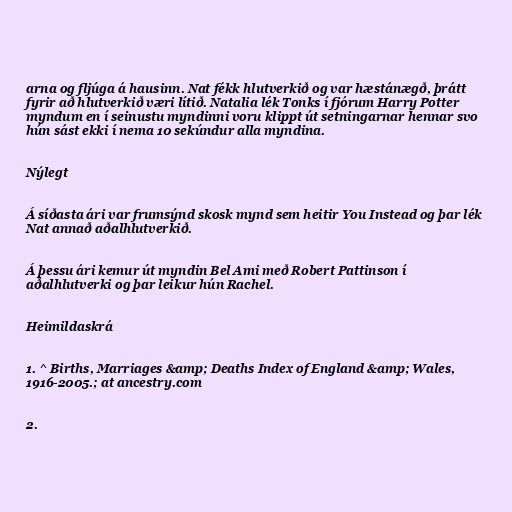
arna og fljúga á hausinn. Nat fékk hlutverkið og var hæstánægð, þrátt
fyrir að hlutverkið væri lítið. Natalia lék Tonks í fjórum Harry Potter
myndum en í seinustu myndinni voru klippt út setningarnar hennar svo
hún sást ekki í nema 10 sekúndur alla myndina.

Nýlegt

Á síðasta ári var frumsýnd skosk mynd sem heitir You Instead og þar lék
Nat annað aðalhlutverkið.

Á þessu ári kemur út myndin Bel Ami með Robert Pattinson í
aðalhlutverki og þar leikur hún Rachel.

Heimildaskrá

1. ^ Births, Marriages &amp; Deaths Index of England &amp; Wales,
1916-2005.; at ancestry.com

2.